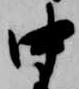
中